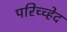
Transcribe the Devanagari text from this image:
परिच्च्हेद